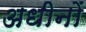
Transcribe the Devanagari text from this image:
अधीनों